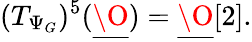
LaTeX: (T_{\Psi_{G}})^{5}(\underline{{{\O}}})=\underline{{{\O}}}[2].